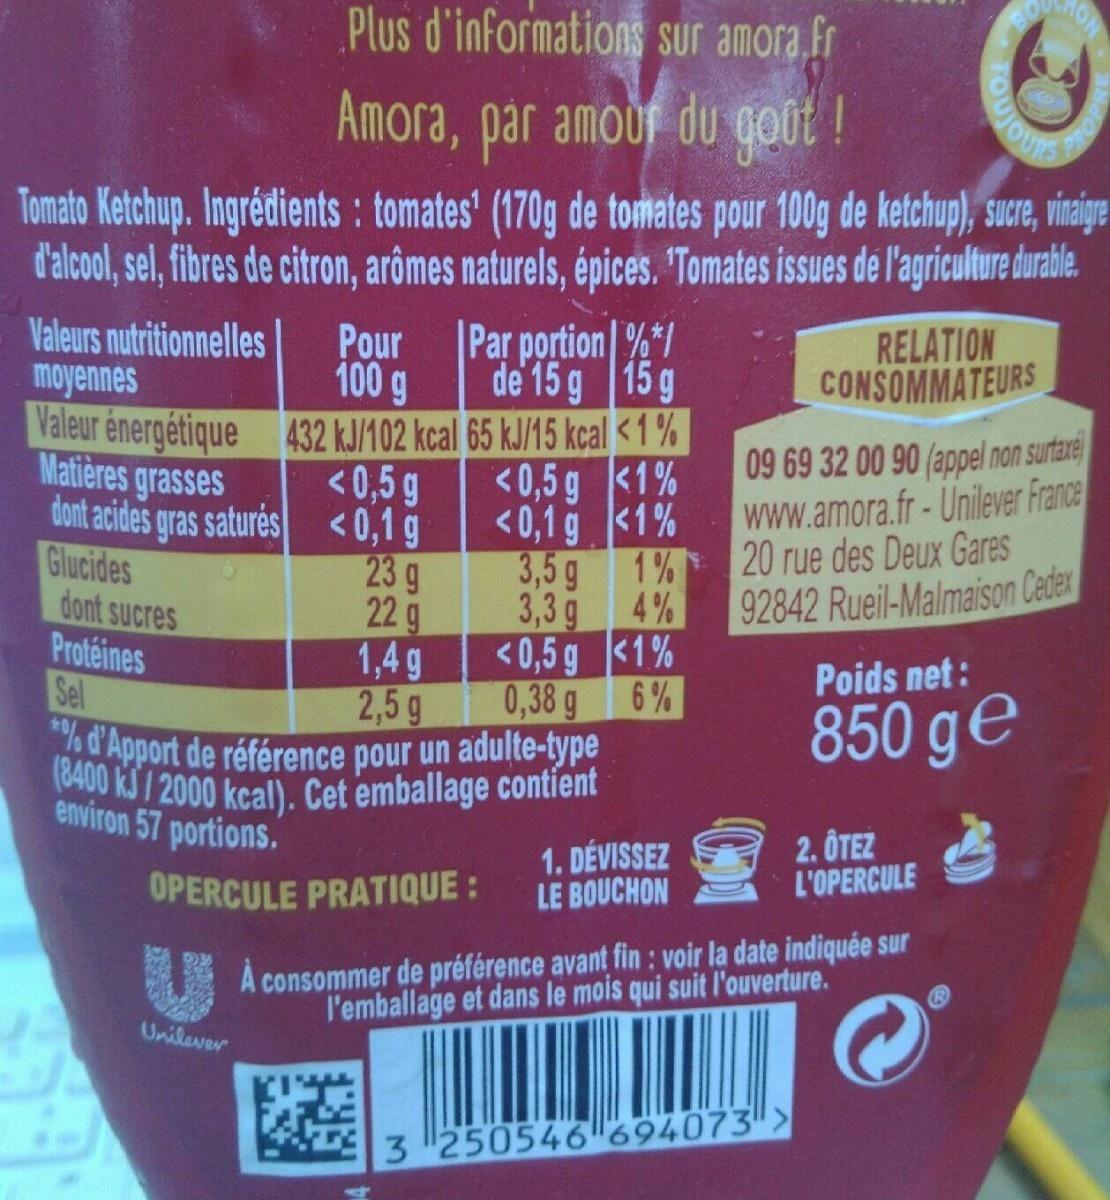
Plus d'informations Sur amora fr
Amora, par amour du gout !
Tomato Ketchup. Ingrédients : tomates' (170g de tomates pour 100g de ketchup), sucre, viaiye dalcool, se, fibres de citron, arômes naturels, épices. Tomates issues de l'agriculture duable.
Valeurs nutritionnelles moyennés
Par portion %*/ de 15 g 15 g
Pour 100 g Valeur énergétique 432 kJ/102 kcal 65 kJ/15 kcal <1% <0,5 g
RELATION CONSOMMATEURS
09 69 32 00 90 (appel non surtare www.amora.fr-Unilever France
23g 22 g 1,4 g 2,5g *d Apport de référence pour un adulte-type (8400 KS / 2000 kcal). Cet emballage contient
Matières grasses dont acides gras saturés <0,1g Glucides dont sucres Protéines Sel
<0,5 g <1% <0,1 g <1% 3,5 g 1% 20 rue des Deux Gares 3,3 g <0,5 g <1% 0,38 g 6%
4%
92842 Rueil-Malmaison Ceder
Poids net:
850 ge
environ 57 portions.
1. DÉVISSEZ LE BOUCHON
2. ÔTEZ L'OPERCULE
OPERCULE PRATIQUE :
A consommer de préférence avant fin : voir la date indiquée sur l'emballage et dans le mois qui suit l'ouverture.
Unilever
3 250546 694073"